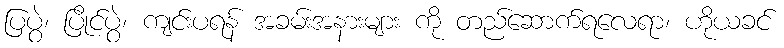
ပြပွဲ၊ ပြိုင်ပွဲ၊ ကျင်းပရန် အခမ်းအနားများ ကို တည်ဆောက်ရလေရာ၊ ဟိုယခင်